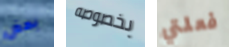
بعض بخصوصه فعلتي